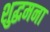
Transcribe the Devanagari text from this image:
शुद्धमना